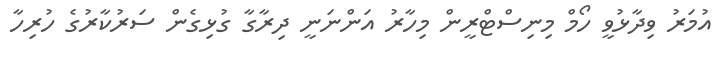
އުމަރު ވިދާޅުވީ ހޯމް މިނިސްޓްރީން މިހާރު އަންނަނީ ދިރާގާ ގުޅިގެން ސަރުކާރުގެ ހުރިހާ